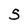
Character: S